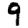
Digit: 9